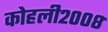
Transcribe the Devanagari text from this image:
कोहली२००८